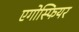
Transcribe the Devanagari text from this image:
एगोस्फियर